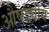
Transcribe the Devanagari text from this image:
औषड्यीय